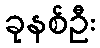
ခုနစ်ဦး